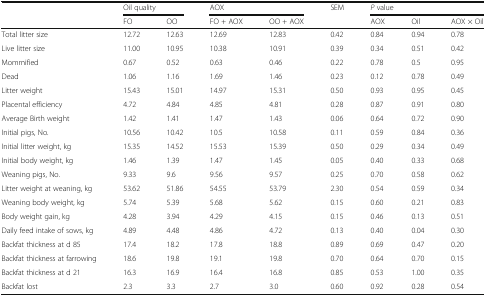
<table><thead><tr><td rowspan="2"></td><td colspan="2"><b>Oil quality</b></td><td colspan="2"><b>AOX</b></td><td rowspan="2"><b>SEM</b></td><td colspan="3"><b><i>P</i> value</b></td></tr><tr><td><b>FO</b></td><td><b>OO</b></td><td><b>FO + AOX</b></td><td><b>OO + AOX</b></td><td><b>AOX</b></td><td><b>Oil</b></td><td><b>AOX × Oil</b></td></tr></thead><tbody><tr><td>Total litter size</td><td>12.72</td><td>12.63</td><td>12.69</td><td>12.83</td><td>0.42</td><td>0.84</td><td>0.94</td><td>0.78</td></tr><tr><td>Live litter size</td><td>11.00</td><td>10.95</td><td>10.38</td><td>10.91</td><td>0.39</td><td>0.34</td><td>0.51</td><td>0.42</td></tr><tr><td>Mommified</td><td>0.67</td><td>0.52</td><td>0.63</td><td>0.46</td><td>0.22</td><td>0.78</td><td>0.5</td><td>0.95</td></tr><tr><td>Dead</td><td>1.06</td><td>1.16</td><td>1.69</td><td>1.46</td><td>0.23</td><td>0.12</td><td>0.78</td><td>0.49</td></tr><tr><td>Litter weight</td><td>15.43</td><td>15.01</td><td>14.97</td><td>15.31</td><td>0.50</td><td>0.93</td><td>0.95</td><td>0.45</td></tr><tr><td>Placental efficiency</td><td>4.72</td><td>4.84</td><td>4.85</td><td>4.81</td><td>0.28</td><td>0.87</td><td>0.91</td><td>0.80</td></tr><tr><td>Average Birth weight</td><td>1.42</td><td>1.41</td><td>1.47</td><td>1.43</td><td>0.06</td><td>0.64</td><td>0.72</td><td>0.90</td></tr><tr><td>Initial pigs, No.</td><td>10.56</td><td>10.42</td><td>10.5</td><td>10.58</td><td>0.11</td><td>0.59</td><td>0.84</td><td>0.36</td></tr><tr><td>Initial litter weight, kg</td><td>15.35</td><td>14.52</td><td>15.53</td><td>15.39</td><td>0.50</td><td>0.29</td><td>0.34</td><td>0.49</td></tr><tr><td>Initial body weight, kg</td><td>1.46</td><td>1.39</td><td>1.47</td><td>1.45</td><td>0.05</td><td>0.40</td><td>0.33</td><td>0.68</td></tr><tr><td>Weaning pigs, No.</td><td>9.33</td><td>9.6</td><td>9.56</td><td>9.57</td><td>0.25</td><td>0.70</td><td>0.58</td><td>0.62</td></tr><tr><td>Litter weight at weaning, kg</td><td>53.62</td><td>51.86</td><td>54.55</td><td>53.79</td><td>2.30</td><td>0.54</td><td>0.59</td><td>0.34</td></tr><tr><td>Weaning body weight, kg</td><td>5.74</td><td>5.39</td><td>5.68</td><td>5.62</td><td>0.15</td><td>0.60</td><td>0.21</td><td>0.83</td></tr><tr><td>Body weight gain, kg</td><td>4.28</td><td>3.94</td><td>4.29</td><td>4.15</td><td>0.15</td><td>0.46</td><td>0.13</td><td>0.51</td></tr><tr><td>Daily feed intake of sows, kg</td><td>4.89</td><td>4.48</td><td>4.86</td><td>4.72</td><td>0.13</td><td>0.40</td><td>0.04</td><td>0.30</td></tr><tr><td>Backfat thickness at d 85</td><td>17.4</td><td>18.2</td><td>17.8</td><td>18.8</td><td>0.89</td><td>0.69</td><td>0.47</td><td>0.20</td></tr><tr><td>Backfat thickness at farrowing</td><td>18.6</td><td>19.8</td><td>19.1</td><td>19.8</td><td>0.70</td><td>0.64</td><td>0.70</td><td>0.15</td></tr><tr><td>Backfat thickness at d 21</td><td>16.3</td><td>16.9</td><td>16.4</td><td>16.8</td><td>0.85</td><td>0.53</td><td>1.00</td><td>0.35</td></tr><tr><td>Backfat lost</td><td>2.3</td><td>3.3</td><td>2.7</td><td>3.0</td><td>0.60</td><td>0.92</td><td>0.28</td><td>0.54</td></tr></tbody></table>